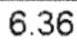
6.36